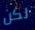
لكن